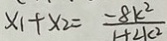
x _ { 1 } + x _ { 2 } = \frac { - 8 k ^ { 2 } } { 1 + 2 k ^ { 2 } }